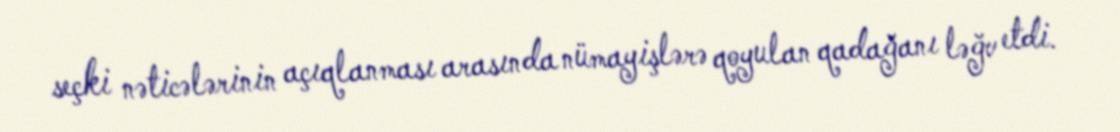
seçki nəticələrinin açıqlanması arasında nümayişlərə qoyulan qadağanı ləğv etdi.